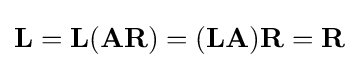
\mathbf {L} =\mathbf {L} (\mathbf {AR} )=(\mathbf {LA} )\mathbf {R} =\mathbf {R}